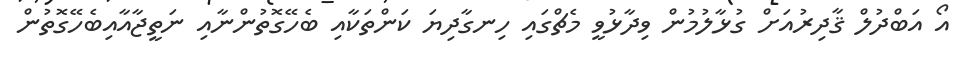
އޯ އަބްދުލް ޤާދިރުއަށް ގުޅާލުމުން ވިދާޅުވީ މެޗްގައި ހިނގާދިޔަ ކަންތަކާއި ބެހޭގޮތުންނާއި ނަތީޖާއާއިބެހޭގޮތުން